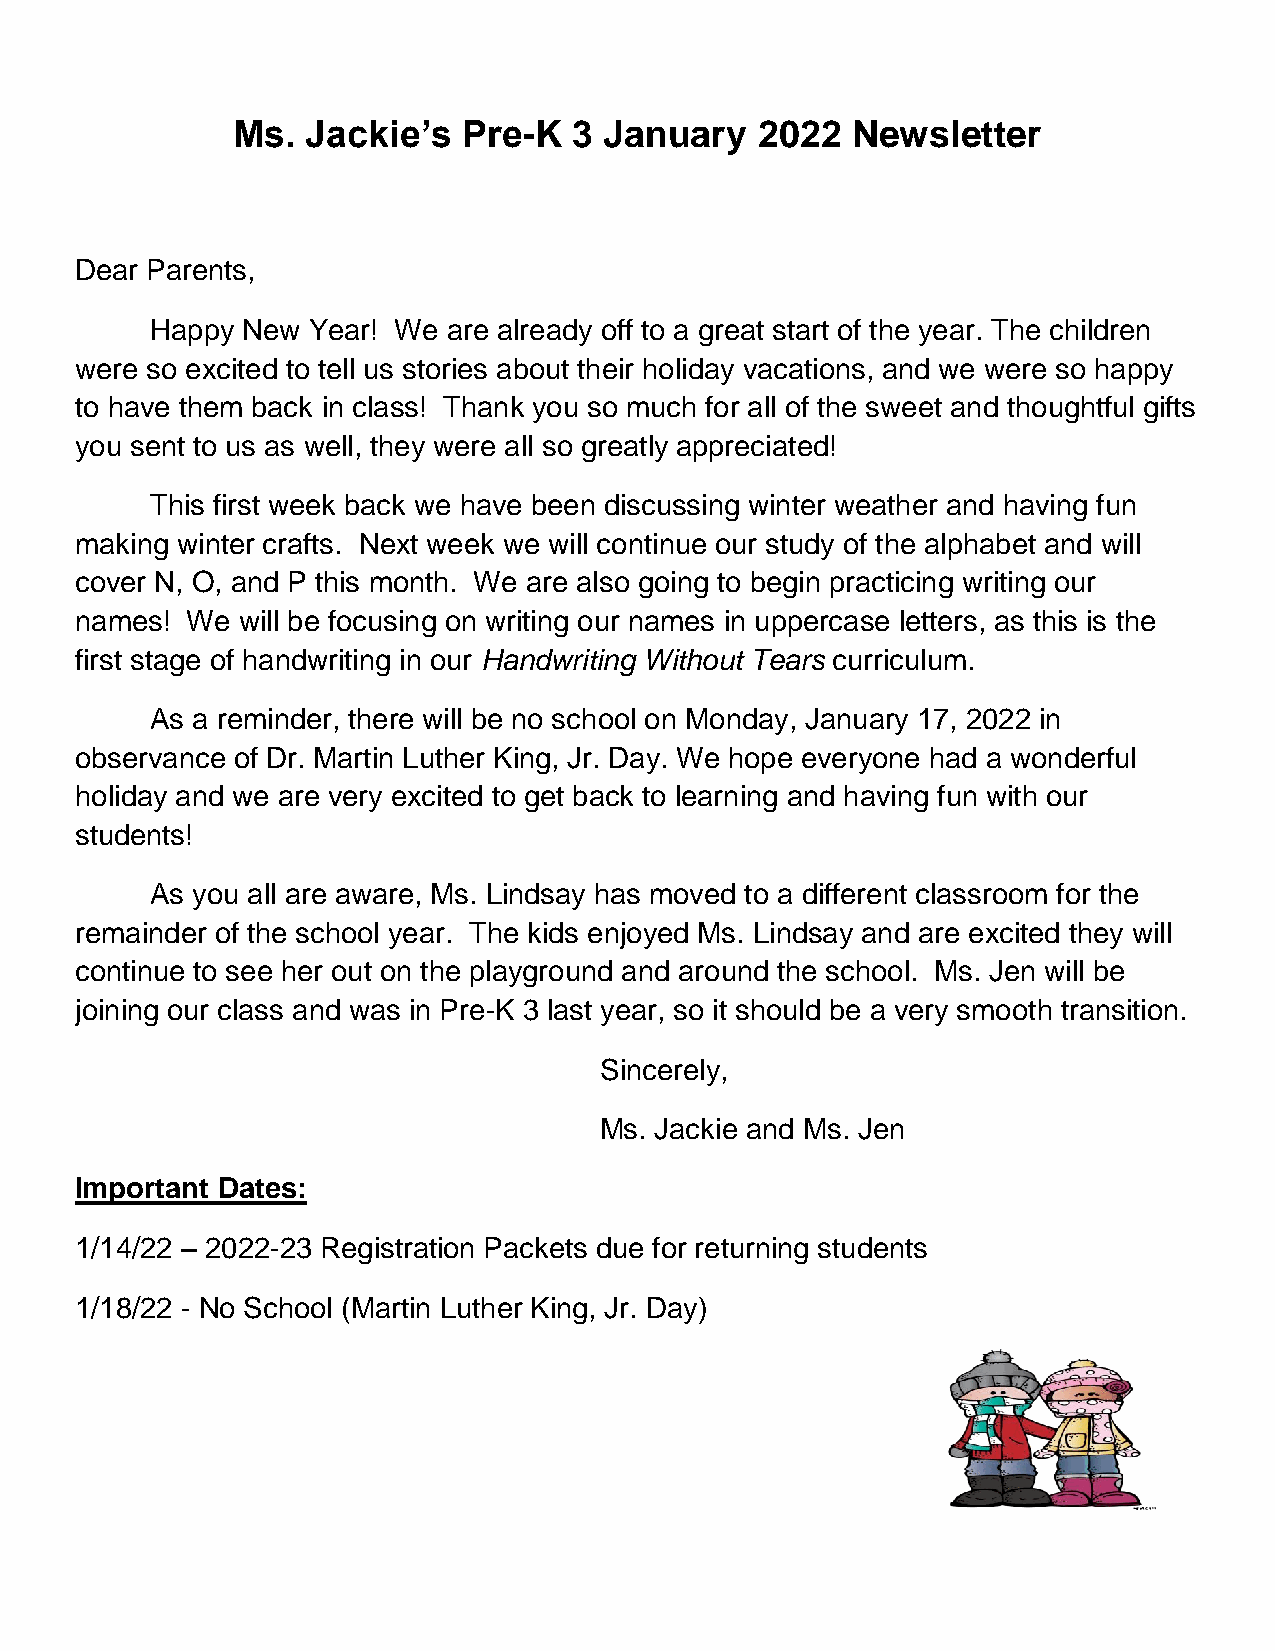
Ms.  Jackie’s   Pre-K  3 January   2022  Newsletter
 Dear Parents,
 Happy New Year! We  are already off to a great start of the year. The children
 were so excited to tell us stories about their holiday vacations, and we were so happy
 to have them back in class! Thank you so much for all of the sweet and thoughtful gifts
 you sent to us as well, they were all so greatly appreciated!
 This first week back we have been discussing winter weather and having fun
 making winter crafts. Next week we will continue our study of the alphabet and will
 cover N, O, and P this month. We are also going to begin practicing writing our
 names! We  will be focusing on writing our names in uppercase letters, as this is the
 first stage of handwriting in our Handwriting Without Tears curriculum.
 As a reminder, there will be no school on Monday, January 17, 2022 in
 observance of Dr. Martin Luther King, Jr. Day. We hope everyone had a wonderful
 holiday and we are very excited to get back to learning and having fun with our
 students!
 As you all are aware, Ms. Lindsay has moved to a different classroom for the
 remainder of the school year. The kids enjoyed Ms. Lindsay and are excited they will
 continue to see her out on the playground and around the school. Ms. Jen will be
 joining our class and was in Pre-K 3 last year, so it should be a very smooth transition.
 Sincerely,
 Ms. Jackie and Ms. Jen
 Important Dates:
 1/14/22 – 2022-23 Registration Packets due for returning students
 1/18/22 - No School (Martin Luther King, Jr. Day)